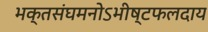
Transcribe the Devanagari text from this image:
भक्तसंघमनोऽभीष्टफलदाय